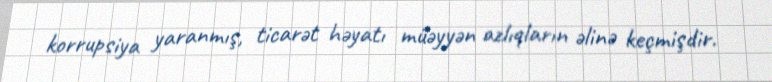
korrupsiya yaranmış, ticarət həyatı müəyyən azlıqların əlinə keçmişdir.